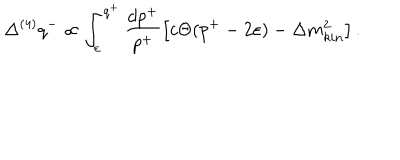
\Delta ^ { ( 4 ) } q ^ { - } \propto \int _ { \varepsilon } ^ { q ^ { + } } \frac { d p ^ { + } } { p ^ { + } } \left[ c \Theta ( p ^ { + } - 2 \varepsilon ) - \Delta m _ { k i n } ^ { 2 } \right] .